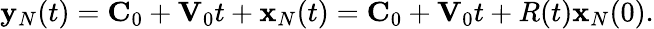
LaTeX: \begin{array}{r}{{\mathbf y}_{N}(t)={\mathbf C}_{0}+{\mathbf V}_{0}t+{\mathbf x}_{N}(t)={\mathbf C}_{0}+{\mathbf V}_{0}t+R(t){\mathbf x}_{N}(0).}\end{array}